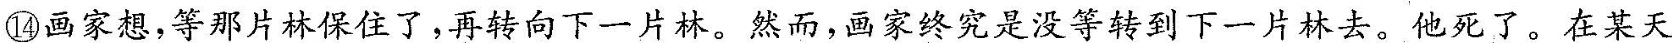
⑭画家想，等那片林保住了，再转向下一片林。然而，画家终究是没等转到下一片林去。他死了。在某天